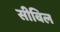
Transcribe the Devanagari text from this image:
सीबिल